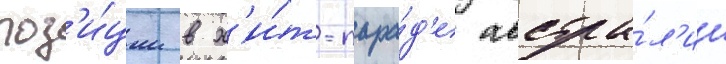
поз'и́ции в х'и́т-пара́д'е австра́л'ии